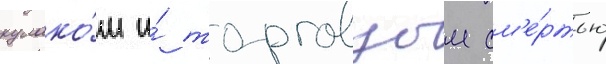
кулако́м и́ торговцом см'е́ртью